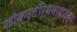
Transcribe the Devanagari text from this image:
शौकरतीर्थमाहात्म्य